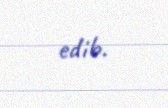
edib.